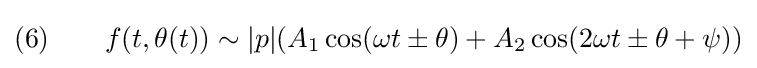
(6)\qquad f(t,\theta (t))\sim |p|(A_{1}\cos(\omega t\pm \theta )+A_{2}\cos(2\omega t\pm \theta +\psi ))